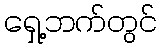
ရှေ့ဘက်တွင်